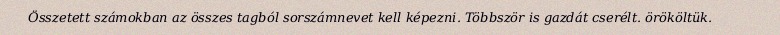
Összetett számokban az összes tagból sorszámnevet kell képezni. Többször is gazdát cserélt. örököltük.